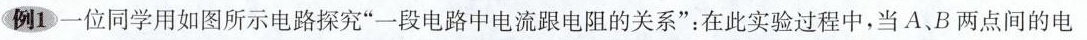
例1一位同学用如图所示电路探究”一段电路中电流跟电阻的关系”：在此实验过程中，当A、B两点间的电